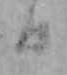
日